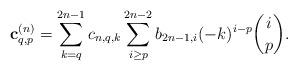
LaTeX: \begin{align*}\textbf{c}_{q,p}^{(n)}=\sum_{k=q}^{2n-1}c_{n,q,k}\sum_{i\geq p}^{2n-2}b_{2n-1,i}(-k)^{i-p}\binom{i}{p}.\end{align*}